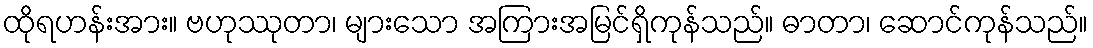
ထိုရဟန်းအား။ ဗဟုဿုတာ၊ များသော အကြားအမြင်ရှိကုန်သည်။ ဓာတာ၊ ဆောင်ကုန်သည်။